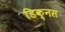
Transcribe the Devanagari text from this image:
डिक्नस